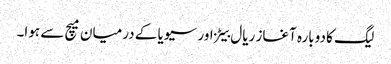
لیگ کا دوبارہ آغاز ریال بیٹز اور سیویا کے درمیان میچ سے ہوا۔